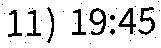
11) 19:45